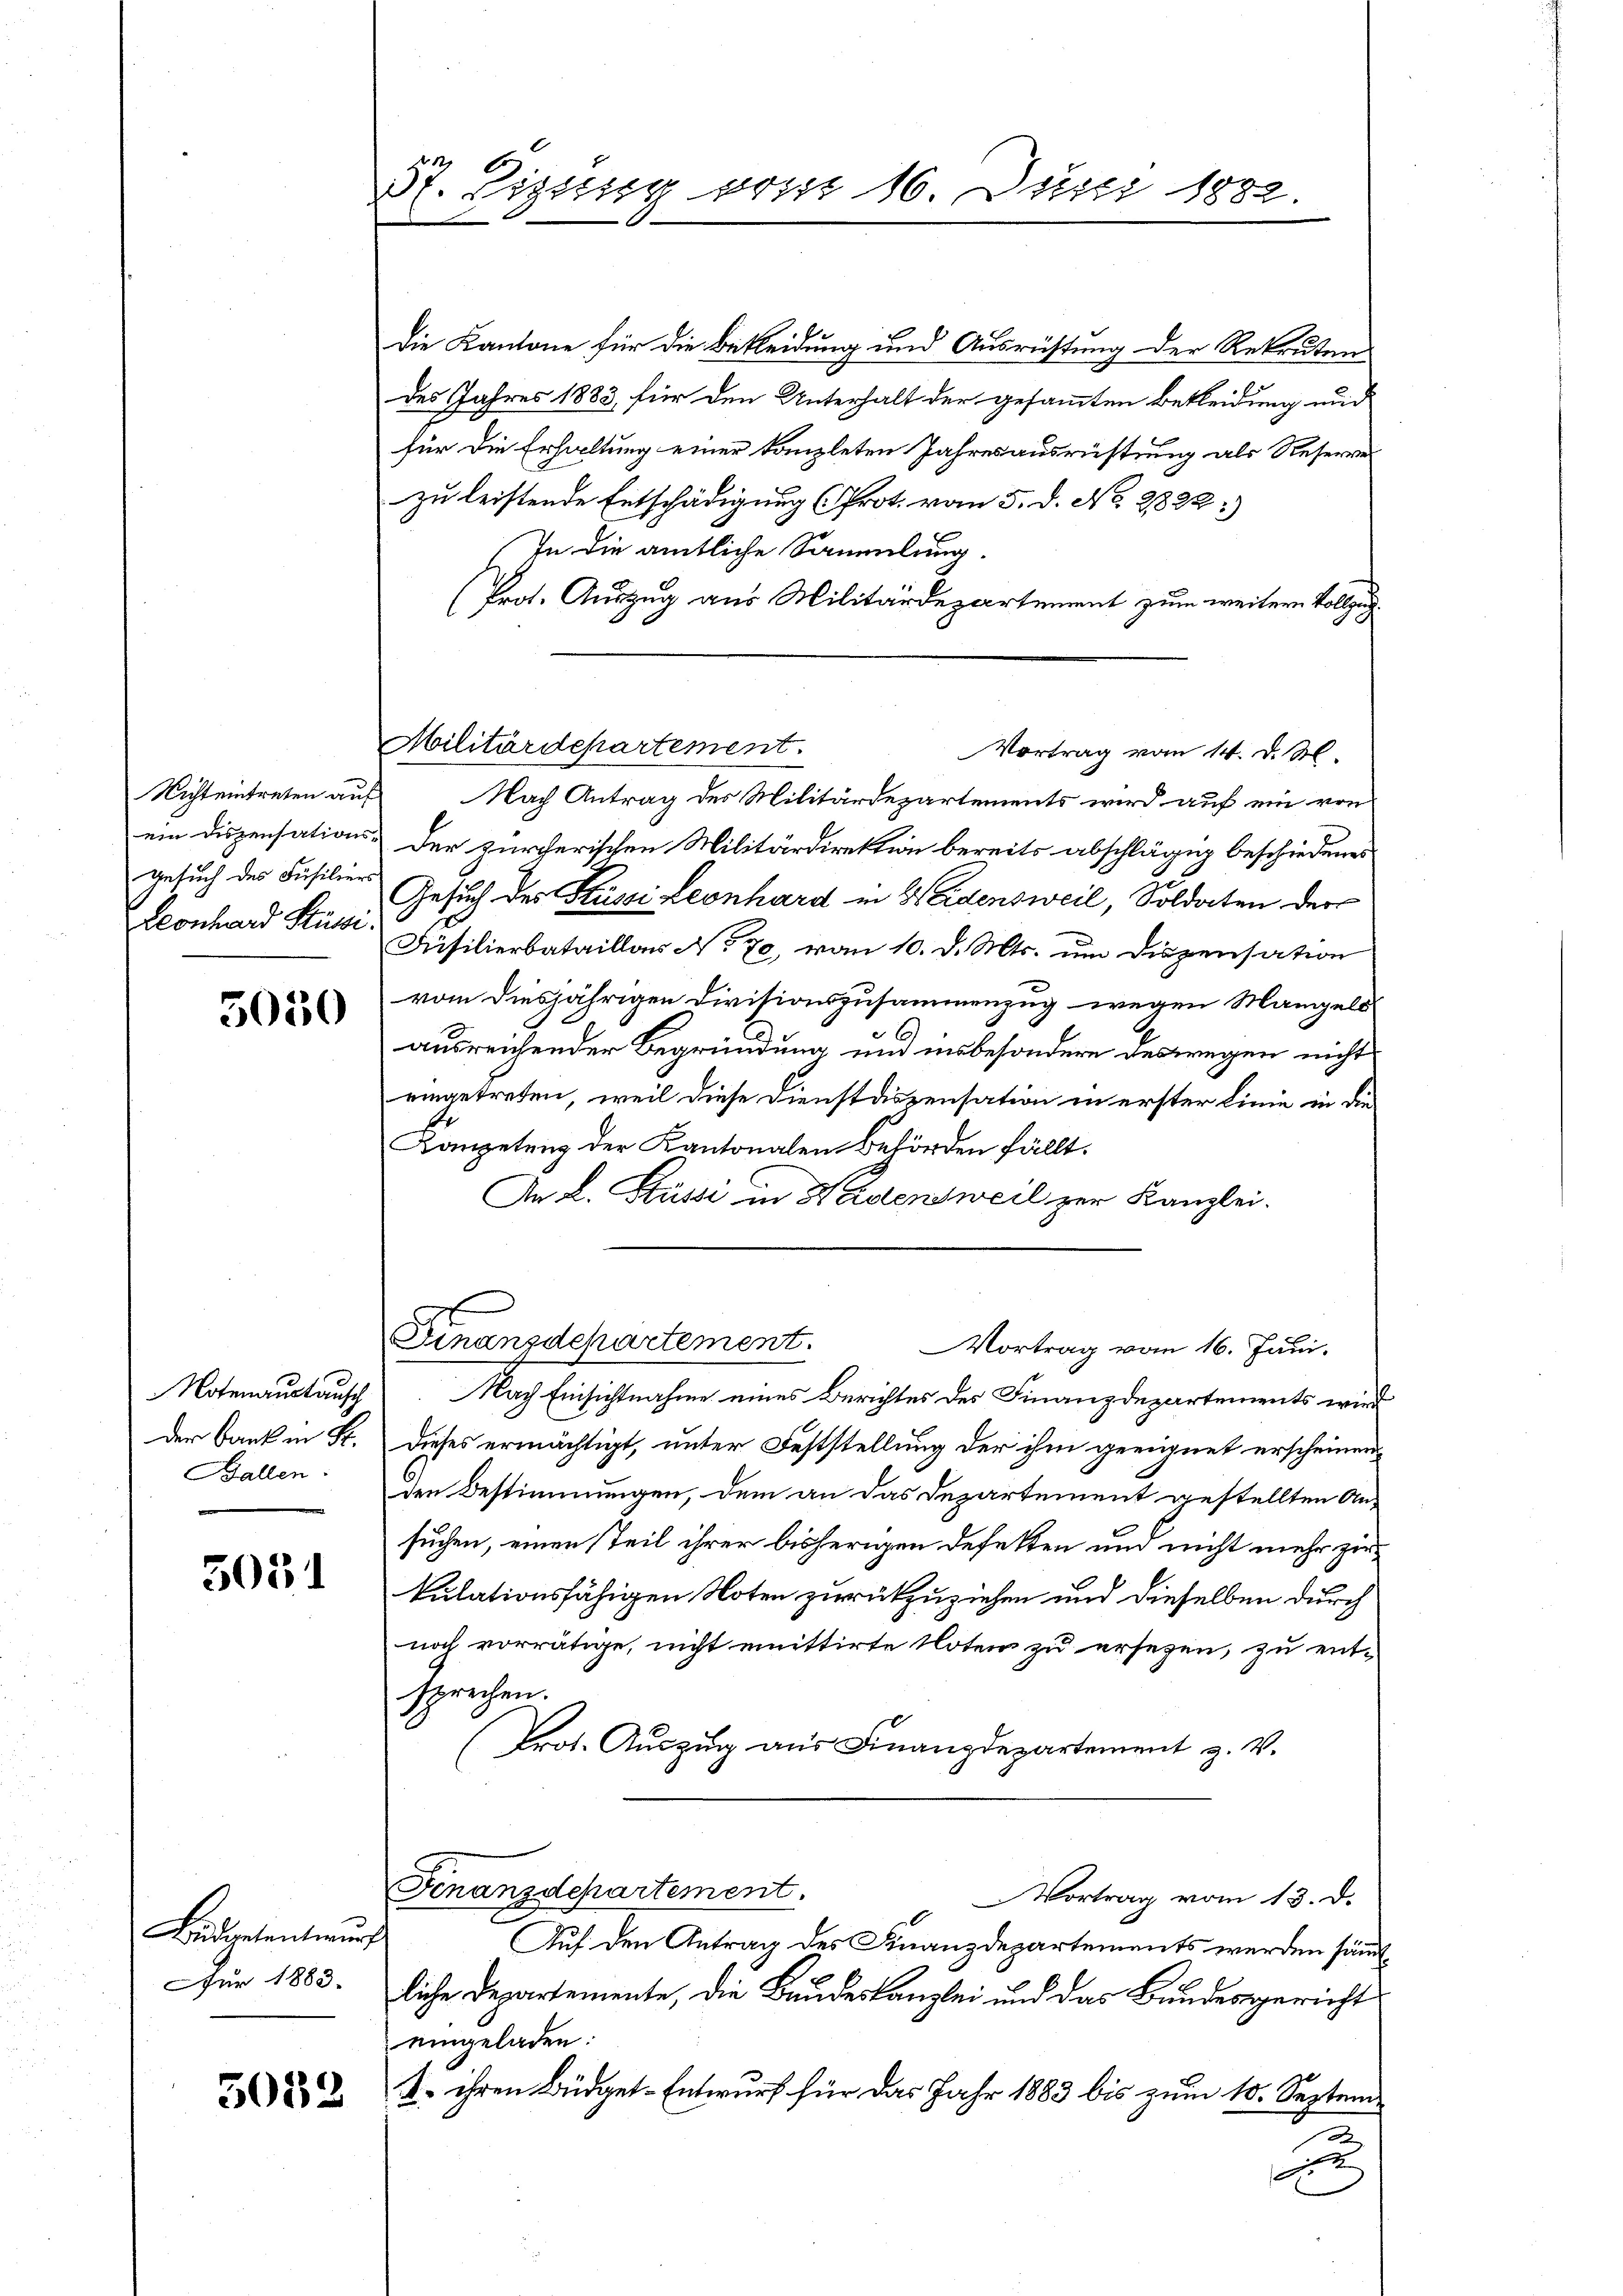
Nicht eintreten auf
ein Dispensations¬
Ansuch des Füsiliers
Leonhard Küssi

5050

Notenaustausch
Der Bank in St.
Ballen

5051

Büdgetentwur
für 1883.

5053

St. Lipsing pris 16. Juni 1882.

Die Kantone für die Bekleidung und Ausrichtung der Rekruten
des Jahres 1883, für den Unterhalt der gesammten Bekleidung und
für die Erhaltung einer kanzleten Jahresausrüstung als Reserver
zu leistende Entschädigung (Prot. vom 5. d. No. 2822:
In die amtliche Sammlung.
(Prot. Auszug aus Militärdepartement zum weitere Vollzug.
Nach Antrag des Militärdepartements wird auf ein von
Der zürcherischen Militärdirektion bereits abschlägig beschiedenes
Gesuch des Kussi Leonhard in 4 Eidensweil, Soldaten der
Füsilierbataillar No 70, vom 10. d. Mts. um Dispensation
vom diesjährigen Divisionszusammenzug wegen Mangels
ausreichender Begründung und insbesondere deswegen nicht
eingetreten, weil diese Dienstaszensation in erster Linie in die
e
Kanpetung der Kantonalen Behörden fällt.
An L. Stüsse in Wädensweil zur Kanzlei.
Finanzdchartement.
Vortrag vom 16. Juni.
Nach Einsichtnahme eines Berichtes des Finanzdepartements wird
dieses ermächtigt, unter Feststellung der ihm geeignet erscheinen
den Bestimmungen, dem an das Departement gestellten An-
suchen, einen teil ihrer bisherigen defetten um nicht mehr zur
kulationsfähigen Noten zurückzuziehen und dieselben durch
noch vorrätige, nicht emittirte Noten zu ersezen, zu ent-
sprechen.
Prot. Auszug aus Finanzdepartement z. V.
Finanzdepartement.
Vortrag vom 13. d.
Auf den Antrag des Finanzdepartements werden sämtliche Departemente, die Bundeskanzlei und das Bundesgericht
eingeladen:
K. ihren Büdget-Entwurf für das Jahr 1883 bis zum 10. Septemn
d

Militärdepartement.
Vortrag vom 14. d. M.